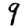
Digit: 9